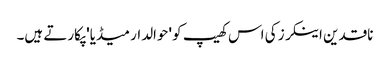
ناقدین اینکرز کی اس کھیپ کو 'حوالدار میڈیا' پکارتے ہیں۔